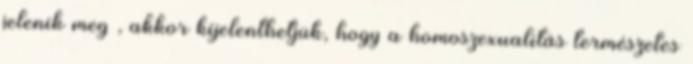
jelenik meg , akkor kijelenthetjük, hogy a homoszexualitás természetes